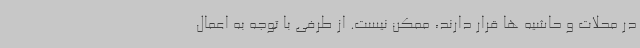
در محلات و حاشیه ها قرار دارند، ممکن نیست. از طرفی با توجه به اعمال